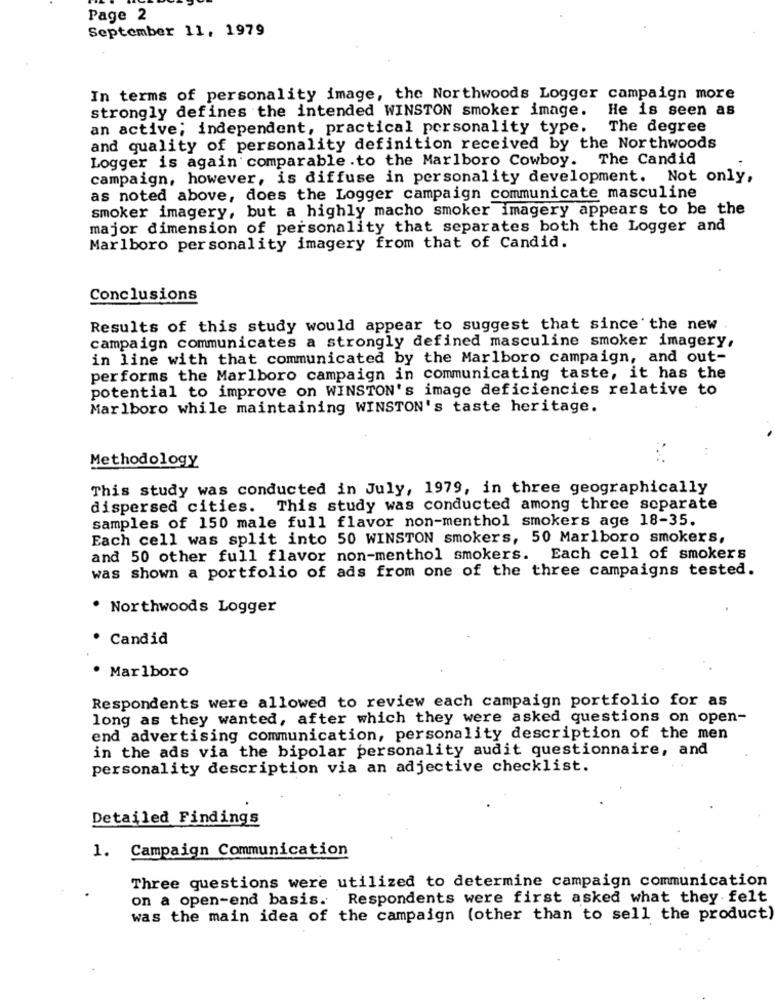
Page 2
September 11, 1979
In terms of personality image, the Northwoods Logger campaign more
strongly defines the intended WINSTON smoker image. He is seen as
an active; independent, practical personality type. The degree
and quality of personality definition received by the Northwoods
Logger is again comparable .to the Marlboro Cowboy. The Candid
campaign, however, is diffuse in personality development. Not only,
as noted above, does the Logger campaign communicate masculine
smoker imagery, but a highly macho smoker imagery appears to be the
major dimension of personality that separates both the Logger and
Marlboro personality imagery from that of Candid.
Conclusions
Results of this study would appear to suggest that since the new
campaign communicates a strongly defined masculine smoker imagery,
in line with that communicated by the Marlboro campaign, and out-
performs the Marlboro campaign in communicating taste, it has the
potential to improve on WINSTON's image deficiencies relative to
Marlboro while maintaining WINSTON's taste heritage.
Methodology
This study was conducted in July, 1979, in three geographically
dispersed cities. This study was conducted among three separate
samples of 150 male full flavor non-menthol smokers age 18-35.
Each cell was split into 50 WINSTON smokers, 50 Marlboro smokers,
and 50 other full flavor non-menthol smokers. Each cell of smokers
was shown a portfolio of ads from one of the three campaigns tested.
. Northwoods Logger
Candid
· Marlboro
Respondents were allowed to review each campaign portfolio for as
long as they wanted, after which they were asked questions on open-
end advertising communication, personality description of the men
in the ads via the bipolar personality audit questionnaire, and
personality description via an adjective checklist.
Detailed Findings
Campaign Communication
1.
Three questions were utilized to determine campaign communication
on a open-end basis. Respondents were first asked what they felt
was the main idea of the campaign (other than to sell the product)